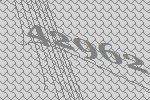
42962